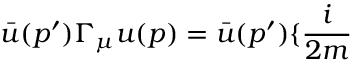
\bar { u } ( p ^ { \prime } ) \Gamma _ { \mu } u ( p ) = \bar { u } ( p ^ { \prime } ) \{ \frac { i } { 2 m }